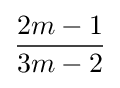
{\frac {2m-1}{3m-2}}